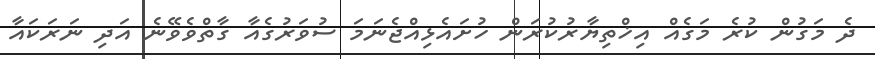
ދެ މަގުން ކުރެ މަގެއް އިޚްތިޔާރުކުރަން ހުށައެޅިއްޖެނަމަ ސުވަރުގެއާ ގާތްވެވޭނެ އަދި ނަރަކައާ